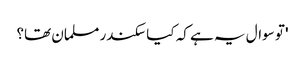
' تو سوال یہ ہے کہ کیا سکندر مسلمان تھا؟